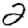
Digit: 2